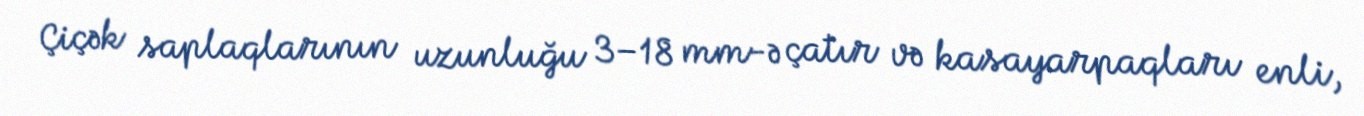
Çiçək saplaqlarının uzunluğu 3–18 mm-ə çatır və kasayarpaqları enli,